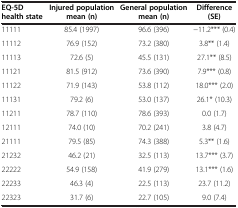
| EQ-5D health state | Injured population mean (n) | General population mean (n) | Difference (SE) |
 | --- | --- | --- | --- |
 | 11111 | 85.4 (1997) | 96.6 (396) | -11.2*** (0.4) |
 | 11112 | 76.9 (152) | 73.2 (380) | 3.8** (1.4) |
 | 11113 | 72.6 (5) | 45.5 (131) | 27.1** (8.5) |
 | 11121 | 81.5 (912) | 73.6 (390) | 7.9*** (0.8) |
 | 11122 | 71.9 (143) | 53.8 (112) | 18.0*** (2.0) |
 | 11131 | 79.2 (6) | 53.0 (137) | 26.1* (10.3) |
 | 11211 | 78.7 (110) | 78.6 (393) | 0.0 (1.7) |
 | 12111 | 74.0 (10) | 70.2 (241) | 3.8 (4.7) |
 | 21111 | 79.5 (85) | 74.3 (388) | 5.3** (1.6) |
 | 21232 | 46.2 (21) | 32.5 (113) | 13.7*** (3.7) |
 | 22222 | 54.9 (158) | 41.9 (279) | 13.1*** (1.6) |
 | 22233 | 46.3 (4) | 22.5 (113) | 23.7 (11.2) |
 | 22323 | 31.7 (6) | 22.7 (105) | 9.0 (7.4) |